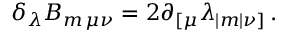
\delta _ { \lambda } B _ { m \, \mu \nu } = 2 \partial _ { [ \mu } \lambda _ { | m | \nu ] } \, .